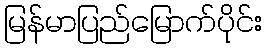
မြန်မာပြည်မြောက်ပိုင်း